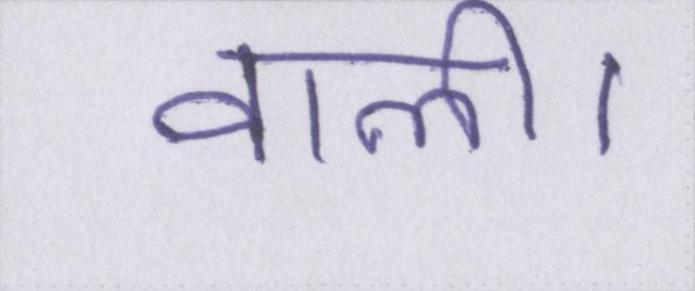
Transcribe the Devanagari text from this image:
वाली।